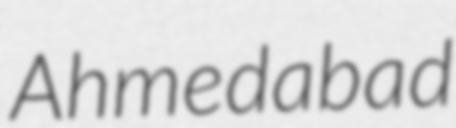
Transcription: Ahmedabad